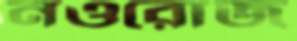
নওরোজ